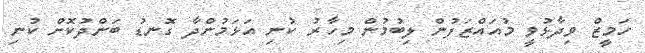
ހަމީޒް ވިދާޅުވީ މުއައްޒަފުން ލިބުމުން މިހާރު ކުނި އަޅަމުންދާ ގޮނޑު ބަންދުކޮށް ކުނި